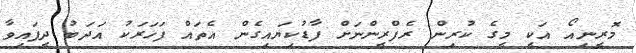
މޮރީނިއޯ އަކީ މީގެ ކުރިން ރެފްރީންނަށް ފާޑުކިޔައިގެން އެތައް ފަހަރަކު އަދަބު ދީފައިވާ